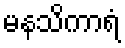
မနသိကာရံ